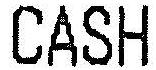
CASH